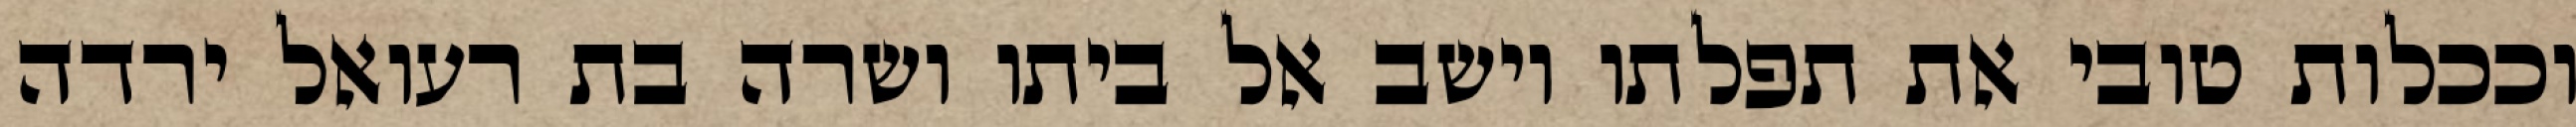
וככלות טובי את תפלתו וישב אל ביתו ושרה בת רעואל ירדה